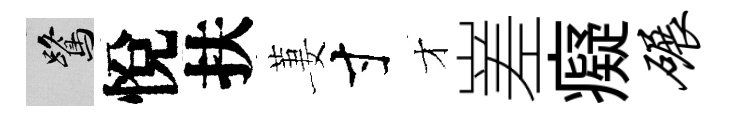
鷺悅扶萋寸才嵳癡碾